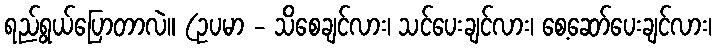
ရည်ရွယ်ပြောတာလဲ။ (ဥပမာ - သိစေချင်လား၊ သင်ပေးချင်လား၊ စေ့ဆော်ပေးချင်လား၊